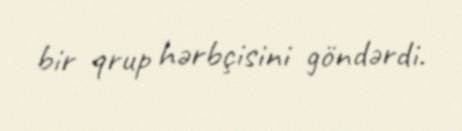
bir qrup hərbçisini göndərdi.